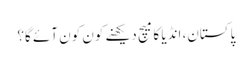
پاکستان، انڈیا کا میچ دیکھنے کون کون آئے گا؟